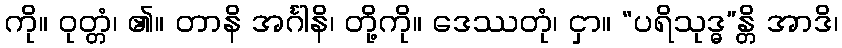
ကို။ ဝုတ္တံ၊ ၏။ တာနိ အင်္ဂါနိ၊ တို့ကို။ ဒေဿတုံ၊ ငှာ။ “ပရိသုဒ္ဓ”န္တိ အာဒိ၊